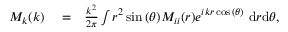
\begin{array} { r l r } { M _ { k } ( k ) } & { { } = } & { \frac { k ^ { 2 } } { 2 \pi } \int r ^ { 2 } \sin { ( \theta ) } M _ { i i } ( r ) e ^ { i k r \cos { ( \theta ) } } ~ \mathrm { d } r \mathrm { d } \theta , } \end{array}